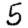
Digit: 5